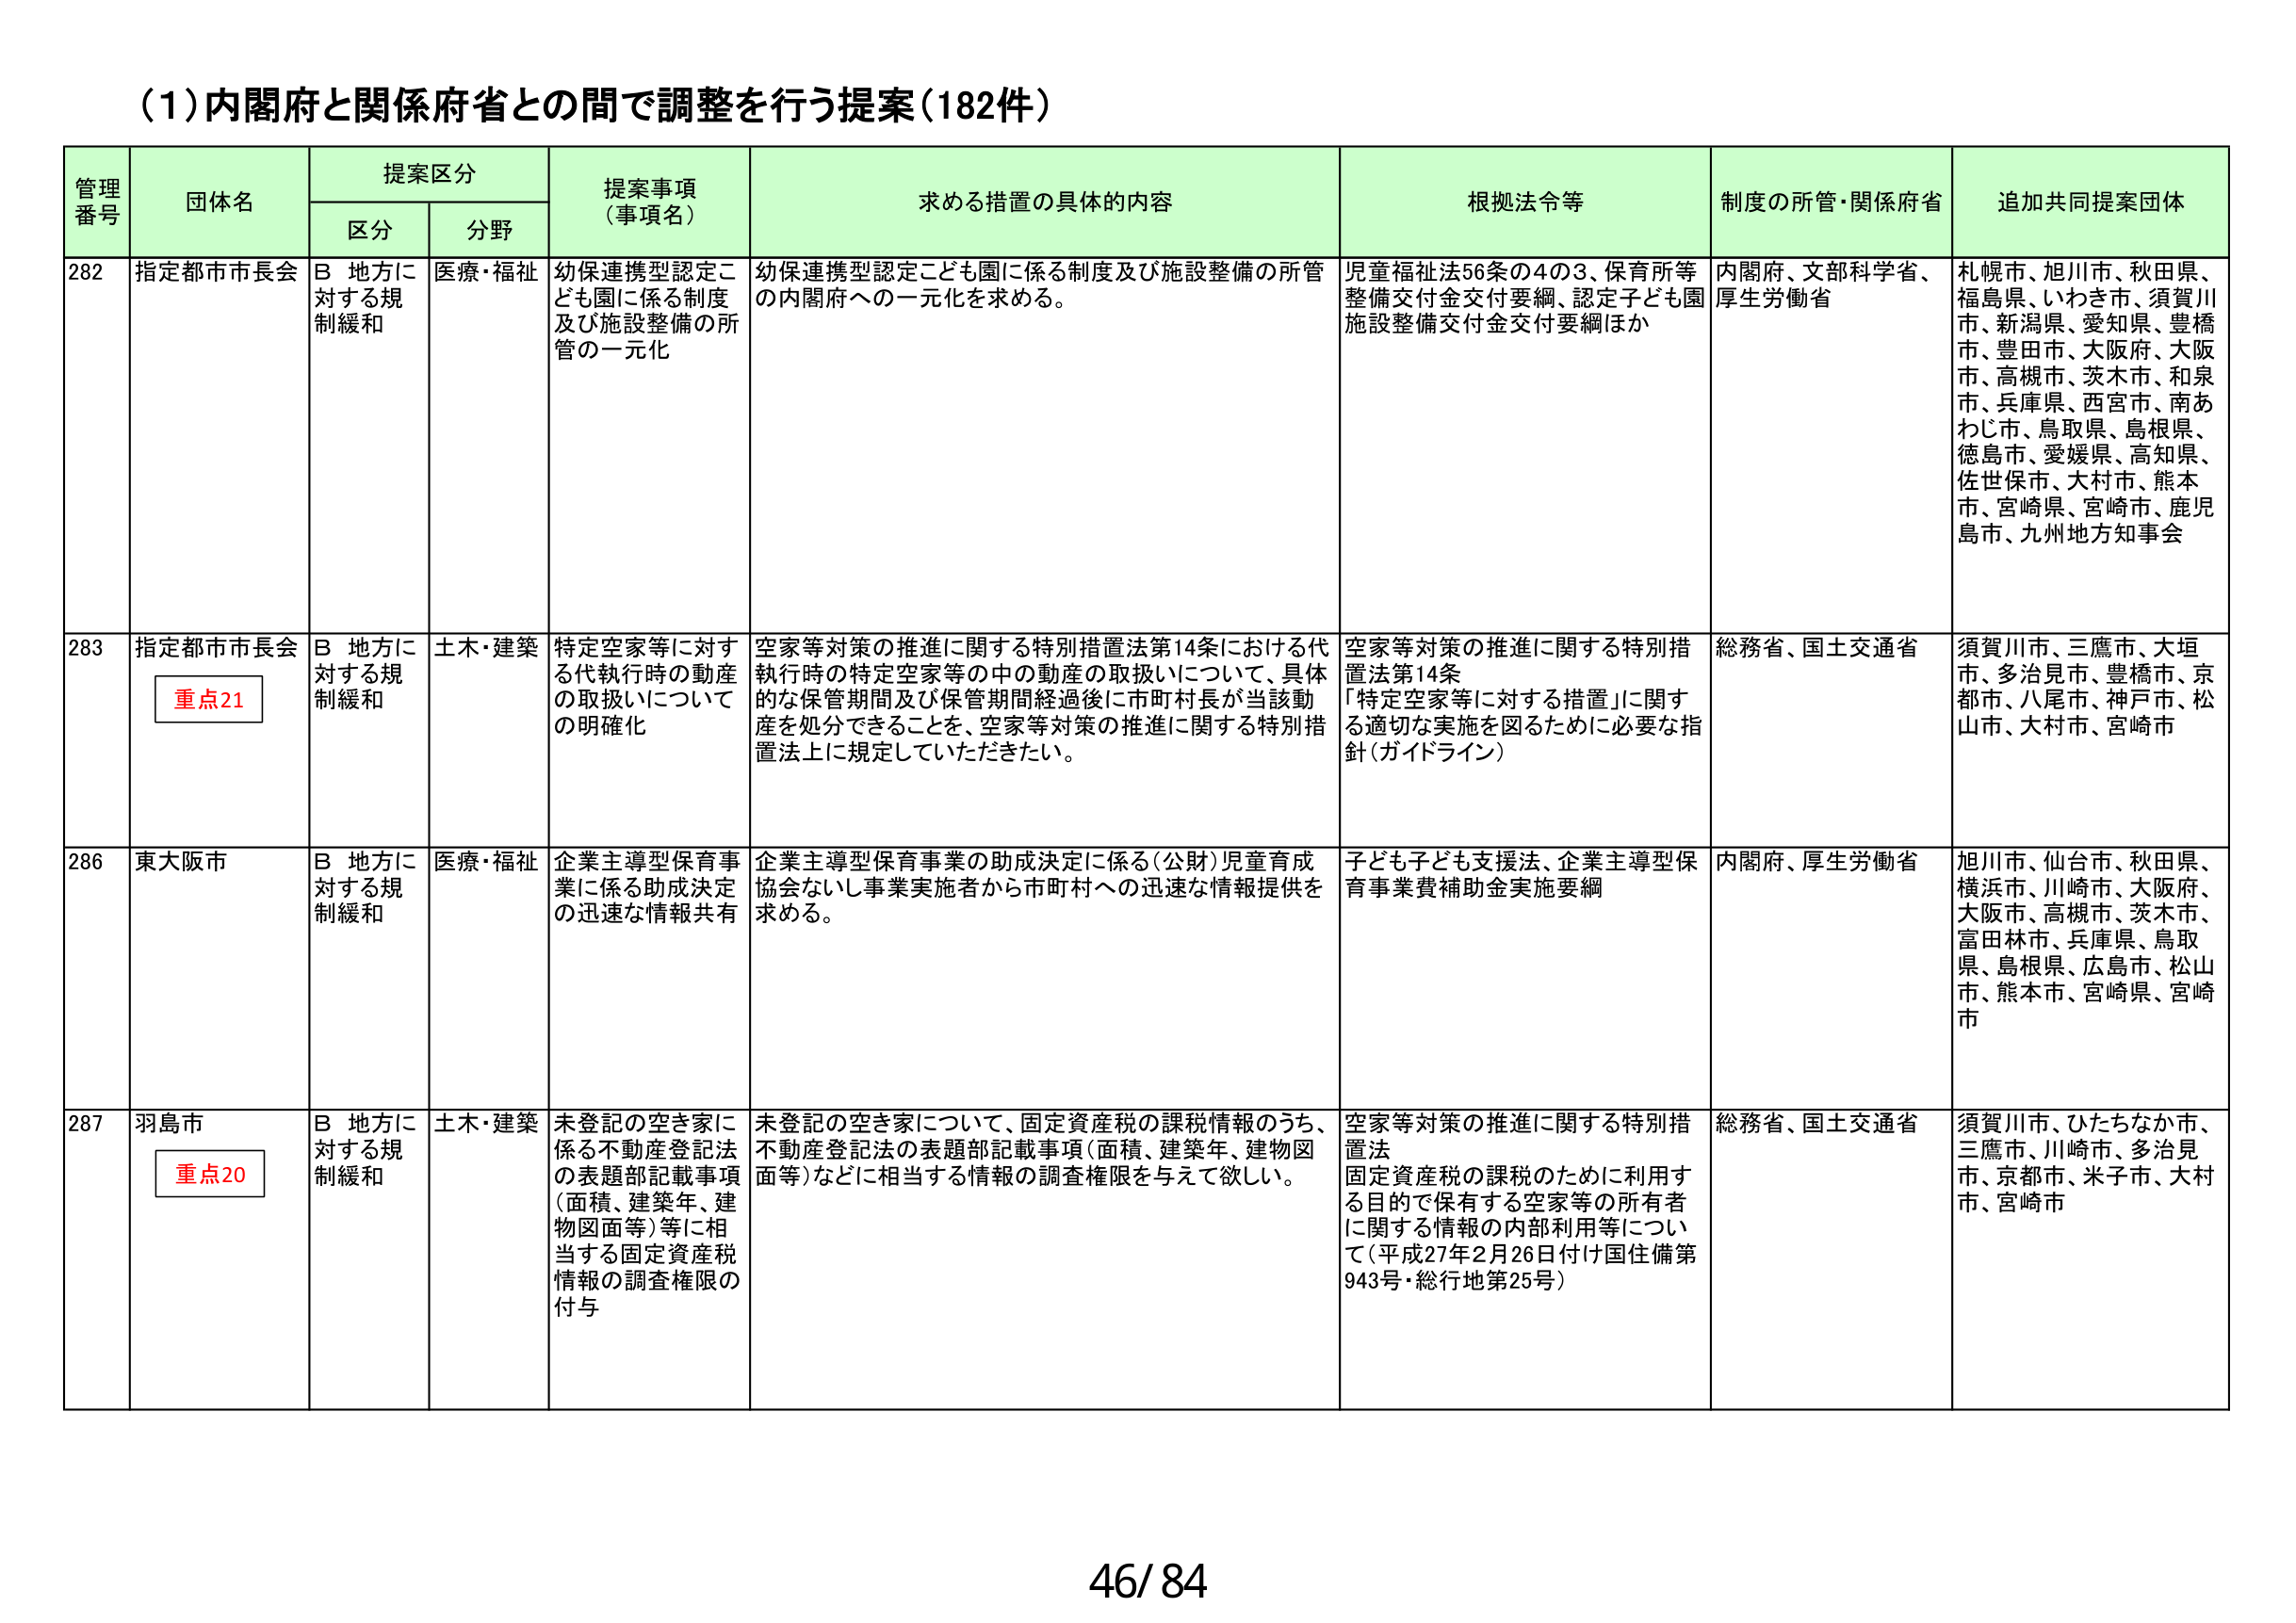
(1)内閣府と関係府省との間で調整を行う提案(182件)

管理番号	団体名	提案区分	提案事項（事項名）	求める措置の具体的内容	根拠法令等	制度の所管・関係府省	追加共同提案団体
		区分	分野
282	指定都市市長会	B 地方に対する規制緩和	医療・福祉	幼保連携型認定こども園に係る制度及び施設整備の所管の一元化	幼保連携型認定こども園に係る制度及び施設整備の所管の内閣府への一元化を求める。	児童福祉法56条の4の3、保育所等整備交付金交付要綱、認定子ども園施設整備交付金交付要綱ほか	内閣府、文部科学省、厚生労働省	札幌市、旭川市、秋田県、福島県、いわき市、須賀川市、新潟県、愛知県、豊橋市、豊田市、大阪府、大阪市、高槻市、茨木市、和泉市、兵庫県、西宮市、南あわじ市、鳥取県、島根県、徳島市、愛媛県、高知県、佐世保市、大村市、熊本市、宮崎県、宮崎市、鹿児島市、九州地方知事会
283	指定都市市長会	重点21	B 地方に対する規制緩和	土木・建築	特定空家等に対する代執行時の動産の取扱いについての明確化	空家等対策の推進に関する特別措置法第14条における代執行時の特定空家等の中の動産の取扱いについて、具体的な保管期間及び保管期間経過後に市町村長が当該動産を処分できることを、空家等対策の推進に関する特別措置法上に規定していただきたい。	空家等対策の推進に関する特別措置法第14条「特定空家等に対する措置」に関する適切な実施を図るために必要な指針（ガイドライン）	総務省、国土交通省	須賀川市、三鷹市、大垣市、多治見市、豊橋市、京都市、八尾市、神戸市、松山市、大村市、宮崎市
286	東大阪市	B 地方に対する規制緩和	医療・福祉	企業主導型保育事業に係る助成決定の迅速な情報共有	企業主導型保育事業の助成決定に係る（公財）児童育成協会ないし事業実施者から市町村への迅速な情報提供を求める。	子ども子ども支援法、企業主導型保育事業費補助金実施要綱	内閣府、厚生労働省	旭川市、仙台市、秋田県、横浜市、川崎市、大阪府、大阪市、高槻市、茨木市、富田林市、兵庫県、鳥取県、島根県、広島市、松山市、熊本市、宮崎県、宮崎市
287	羽島市	重点20	B 地方に対する規制緩和	土木・建築	未登記の空き家に係る不動産登記法の表題部記載事項（面積、建築年、建物図面等）等に相当する固定資産税情報の調査権限の付与	未登記の空き家について、固定資産税の課税情報のうち、不動産登記法の表題部記載事項（面積、建築年、建物図面等）などに相当する情報の調査権限を与えて欲しい。	空家等対策の推進に関する特別措置法固定資産税の課税のために利用する目的で保有する空家等の所有者に関する情報の内部利用等について（平成27年2月26日付け国住備第943号・総行地第25号）	総務省、国土交通省	須賀川市、ひたちなか市、三鷹市、川崎市、多治見市、京都市、米子市、大村市、宮崎市

46/84